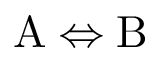
\mathrm { A } \Leftrightarrow \mathrm { B }